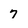
Character: 7